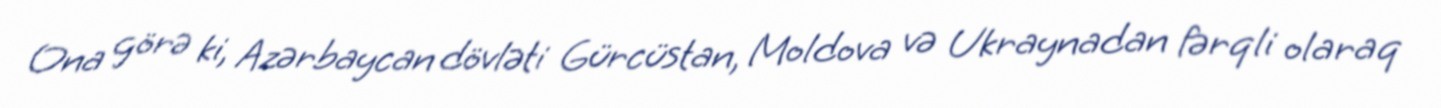
Ona görə ki, Azərbaycan dövləti Gürcüstan, Moldova və Ukraynadan fərqli olaraq